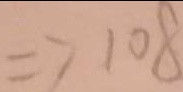
\Rightarrow 1 0 8